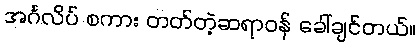
အင်္ဂလိပ် စကား တတ်တဲ့ဆရာဝန် ခေါ်ချင်တယ်။